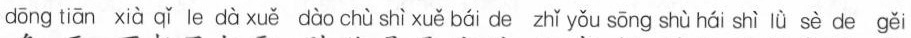
dōng tiān xià qǐ le dà xuě dào chù shì xuě bái de zhǐ yǒu sōng shù hái shì lǜ sè de gěi